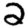
Digit: 2